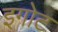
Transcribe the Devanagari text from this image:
इगोट